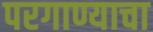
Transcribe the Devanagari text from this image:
परगाण्याचा